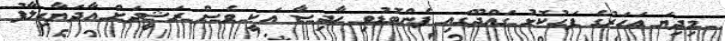
މިދިޔަ އަހަރުގެ ފަހުކޮޅު ގައްދޫގައި ފެންބޮޑުވި ހާދިސާ އަކީ ވެސް ރަޝީދަށް އާދަޔާހިލާފު